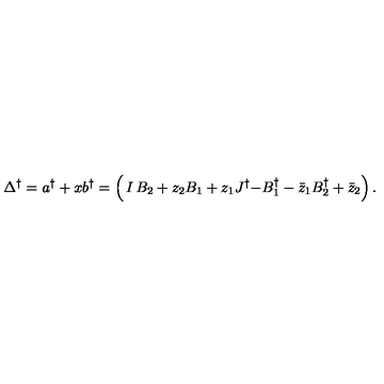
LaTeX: \Delta ^ { \dagger } = a ^ { \dag } + x b ^ { \dag } = \left( \begin{matrix} { I } & { B _ { 2 } + z _ { 2 } } & { B _ { 1 } + z _ { 1 } } \\ { J ^ { \dagger } } & { - B _ { 1 } ^ { \dagger } - \bar { z } _ { 1 } } & { B _ { 2 } ^ { \dagger } + \bar { z } _ { 2 } } \\ \end{matrix} \right) .